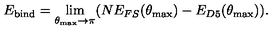
E _ { \mathrm { b i n d } } = \lim _ { \theta _ { \mathrm { m a x } } \rightarrow \pi } ( N E _ { F S } ( \theta _ { \mathrm { m a x } } ) - E _ { D 5 } ( \theta _ { \mathrm { m a x } } ) ) .